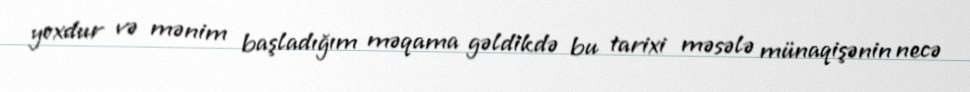
yoxdur və mənim başladığım məqama gəldikdə bu tarixi məsələ münaqişənin necə